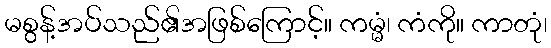
မစွန့်အပ်သည်၏အဖြစ်ကြောင့်။ ကမ္မံ၊ ကံကို။ ကာတုံ၊